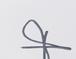
Signature authenticity: forged